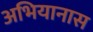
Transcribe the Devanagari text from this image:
अभियानास